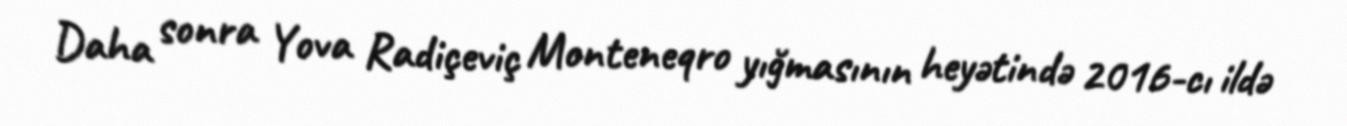
Daha sonra Yova Radiçeviç Monteneqro yığmasının heyətində 2016-cı ildə